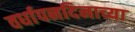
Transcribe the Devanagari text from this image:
वर्धापनदिनाच्या